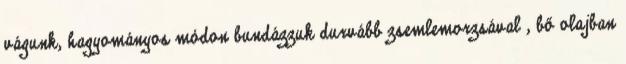
vágunk, hagyományos módon bundázzuk durvább zsemlemorzsával , bő olajban